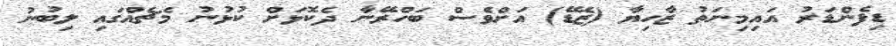
ޑިފެންޑަރު އައިމިނަތު ޒާހިޔާ (ޒެޑޭ) އަށްވެސް ބަހްރޭނާ ދެކޮޅަށް ކުޅުނު މެޗެއްގައި ލިބުނު